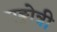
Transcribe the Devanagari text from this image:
गङ्गोत्री